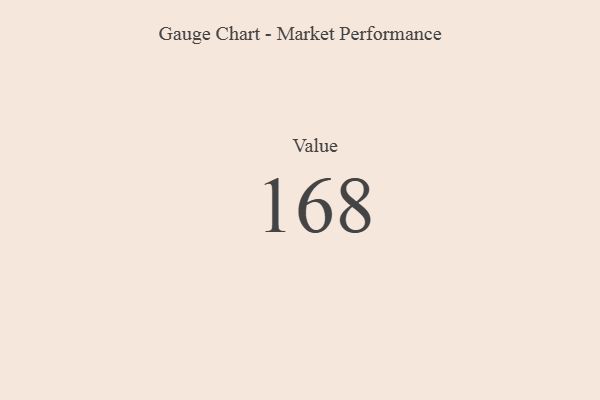
{"axis": {"x": "Metric", "y": "Value"}, "legend": [""], "data": [{"x": "Value", "y": 168, "type": ""}]}